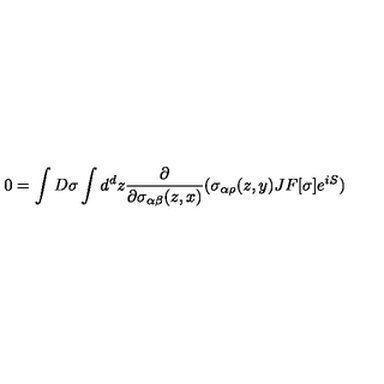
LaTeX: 0 = \int D \sigma \int d ^ { d } z { \frac { \partial } { \partial \sigma _ { \alpha \beta } ( z , x ) } } ( \sigma _ { \alpha \rho } ( z , y ) J F [ \sigma ] e ^ { i S } )